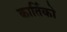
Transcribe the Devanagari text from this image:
कार्तिको